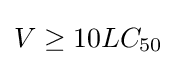
V\geq 10LC_{50}